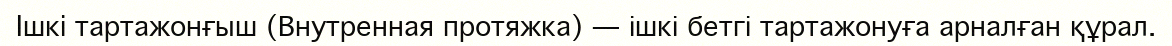
Iшкi тартажонғыш (Внутренная протяжка) — ішкі бетгі тартажонуға арналған құрал.